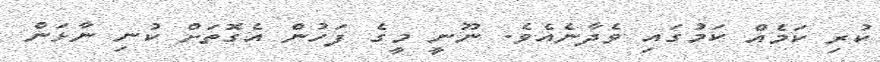
ކުރި ކަމެއް ކަމުގައި ވެދާނެއެވެ. ނޫނީ މީގެ ފަހުން އެގޮތަށް ކުނި ނާޅަން